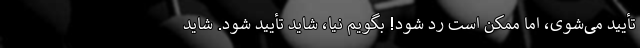
تأیید می‌شوی، اما ممکن است رد شود! بگویم نیا، شاید تأیید شود. شاید